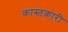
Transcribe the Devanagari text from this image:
कास्तकारी